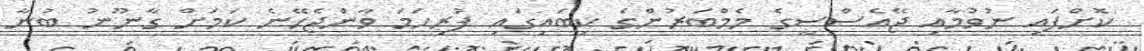
ކޮށްފައި ނުވުމާއި ޖޭއެސްސީގެ މެމްބަރުންގެ ކިބައިގައި ފުރިހަމަ ވާންޖެހޭނެ ކަމަށް ގާނޫނު ބުނާ